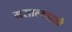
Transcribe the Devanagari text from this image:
मसाल्याद्वारे